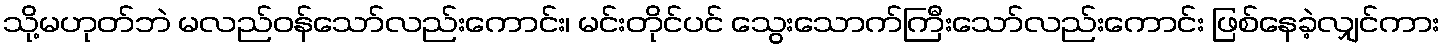
သို့မဟုတ်ဘဲ မလည်ဝန်သော်လည်းကောင်း၊ မင်းတိုင်ပင် သွေးသောက်ကြီးသော်လည်းကောင်း ဖြစ်နေခဲ့လျှင်ကား